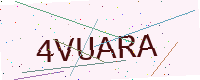
Text: 4VUARA